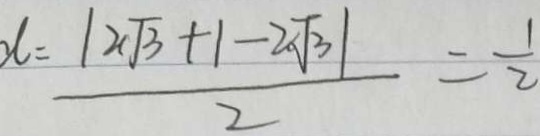
d = \frac { \vert 2 \sqrt { 3 } + 1 - 2 \sqrt { 3 } \vert } { 2 } = \frac { 1 } { 2 }